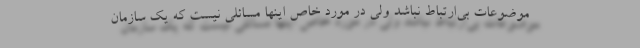
موضوعات بی‌ارتباط نباشد ولی در مورد خاص اینها مسائلی نیست که یک سازمان